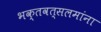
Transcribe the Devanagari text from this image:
भक्तवत्सलमांना